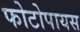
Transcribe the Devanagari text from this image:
फोटोपायस